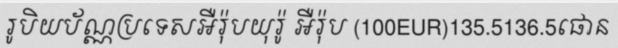
រូបិយប័ណ្ណប្រទេសអឺរ៉ុបយុរ៉ូ អឺរ៉ុប (100EUR)135.5136.5ផោន